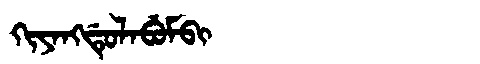
Manchu: ᡴᡳᠶᠠᠩᡩᡠᠯᠠᠪᡠᠮᠪᡳ
Romanization: KIYANGDULABUMBI